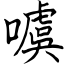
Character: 噳